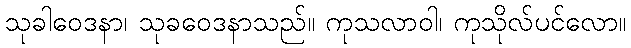
သုခါဝေဒနာ၊ သုခဝေဒနာသည်။ ကုသလာဝါ၊ ကုသိုလ်ပင်လော။